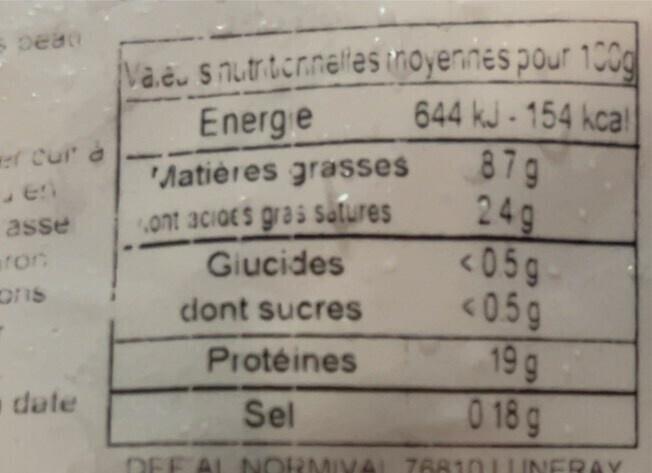
S
- peri
er our à Jen
asse
for
cons
ه
date
Va.eu s nutritionnelles Energe
inoyennes pour 100g
644 kJ-154 kcal
Matières grasses
ont acides gras satures
Glucides
dont sucres
Protéines
Sel
DEF AL NORMIVAL
87g 24g
<05g
<0.5g
19 g 0 18 g
VAL 76810 INFRAY